Report of the Imperial Institute of Veterinary Research, Muktesar
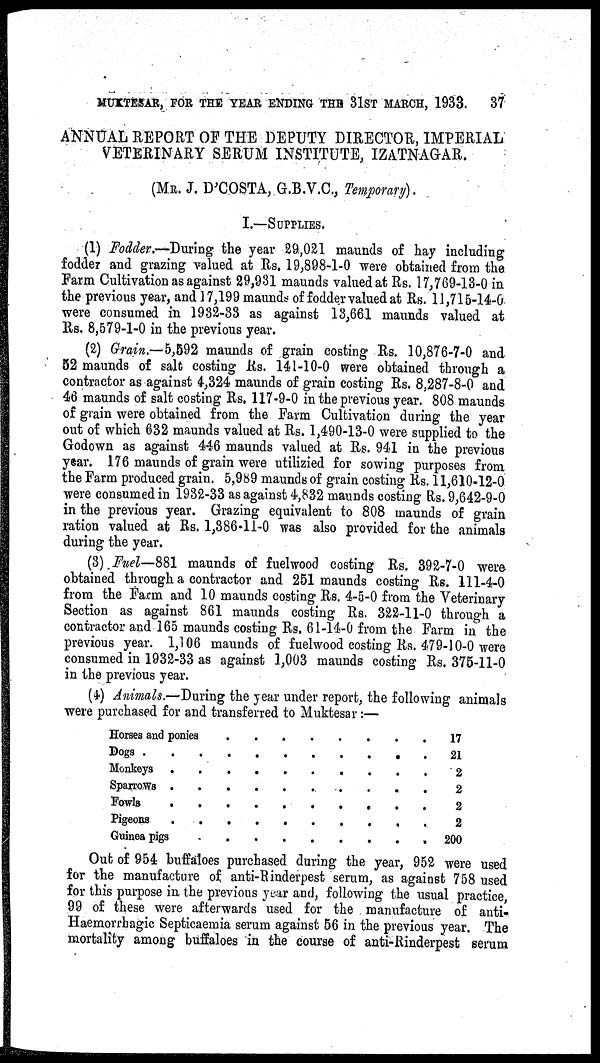
MUKTESAR, FOR THE YEAR ENDING THE 31ST MARCH, 1933.
37
ANNUAL REPORT OF THE DEPUTY DIRECTOR, IMPERIAL
VETERINARY SERUM INSTITUTE, IZATNAGAR.
(MR. J. D'COSTA, G.B.V.C., Temporary).
I.—SUPPLIES.
(1) Fodder.—During the year 29,021 maunds of hay including
fodder and grazing valued at Rs. 19,898-1-0 were obtained from the
Farm Cultivation as against 29,931 maunds valued at Rs. 17,769-13-0 in
the previous year, and 17,199 maunds of fodder valued at Rs. 11,715-14-0
were consumed in 1932-33 as against 13,661 maunds valued at
Rs. 8,579-1-0 in the previous year.
(2) Grain.—5,592 maunds of grain costing Rs. 10,876-7-0 and
52 maunds of salt costing Rs. 141-10-0 were obtained through a
contractor as against 4,324 maunds of grain costing Rs. 8,287-8-0 and
46 maunds of salt costing Rs. 117-9-0 in the previous year. 808 maunds
of grain were obtained from the Farm Cultivation during the year
out of which 632 maunds valued at Rs. 1,490-13-0 were supplied to the
Godown as against 446 maunds valued at Rs. 941 in the previous
year. 176 maunds of grain were utilizied for sowing purposes from
the Farm produced grain. 5,989 maunds of grain costing Rs. 11,610-12-0
were consumed in 1932-33 as against 4,832 maunds costing Rs. 9,642-9-0
in the previous year. Grazing equivalent to 808 maunds of grain
ration valued at Rs. 1,386-11-0 was also provided for the animals
during the year.
(3) Fuel—881 maunds of fuelwood costing Rs. 392-7-0 were
obtained through a contractor and 251 maunds costing Rs. 111-4-0
from the Farm and 10 maunds costing Rs. 4-5-0 from the Veterinary
Section as against 861 maunds costing Rs. 322-11-0 through a
contractor and 165 maunds costing Rs. 61-14-0 from the Farm in the
previous year. 1,106 maunds of fuelwood costing Rs. 479-10-0 were
consumed in 1932-33 as against 1,003 maunds costing Rs. 375-11-0
in the previous year.
(4) Animals.—During the year under report, the following animals
were purchased for and transferred to Muktesar:—
Horses and ponies
Dogs
Monkeys
Sparrows
Fowls
Pigeons
.
.
.
.
.
Guinea pigs
.
.
.
.
.
.
.
.
.
.
.
.
.
.
.
.
.
.
.
.
.
.
.
.
.
.
.
.
.
.
.
.
.
.
.
.
.
.
.
.
.
.
.
.
.
.
.
.
.
.
.
.
.
.
.
.
.
.
.
.
.
.
17
21
2
2
2
2
200
Out of 954 buffaloes purchased during the year, 952 were used
for the manufacture of anti-Rinderpest serum, as against 758 used
for this purpose in the previous year and, following the usual practice,
99 of these were afterwards used for the manufacture of anti-
Haemorrhagic Septicaemia serum against 56 in the previous year. The
mortality among buffaloes in the course of anti-Rinderpest serum